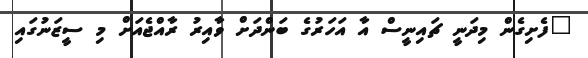
"ފެށިގެން މިދަނީ ޗައިނީސް އާ އަހަރުގެ ބަންދަށް ވާއިރު ރާއްޖެއަށް މި ސީޒަނުގައި